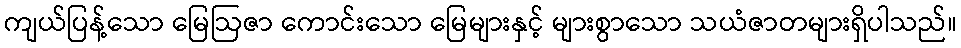
ကျယ်ပြန့်သော မြေဩဇာ ကောင်းသော မြေများနှင့် များစွာသော သယံဇာတများရှိပါသည်။